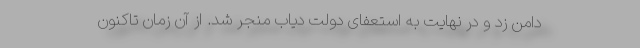
دامن زد و در نهایت به استعفای دولت دیاب منجر شد. از آن زمان تاکنون